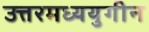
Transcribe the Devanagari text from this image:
उत्तरमध्ययुगीन